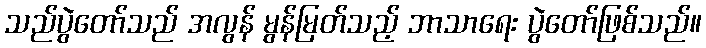
သည်ပွဲတော်သည် အလွန် မွန်မြတ်သည့် ဘာသာရေး ပွဲတော်ဖြစ်သည်။